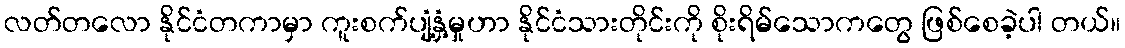
လတ်တလော နိုင်ငံတကာမှာ ကူးစက်ပျံ့နှံ့မှုဟာ နိုင်ငံသားတိုင်းကို စိုးရိမ်သောကတွေ ဖြစ်စေခဲ့ပါ တယ်။